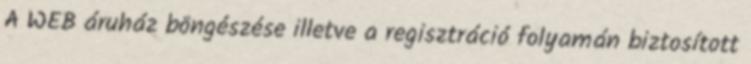
A WEB áruház böngészése illetve a regisztráció folyamán biztosított